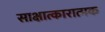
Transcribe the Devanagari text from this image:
साक्षात्कारात्मक